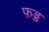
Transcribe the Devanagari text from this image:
फ़ड्ड